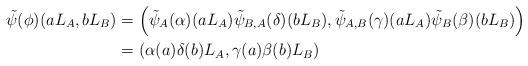
LaTeX: \begin{align*}\tilde{\psi}(\phi)(aL_A,bL_B) &= \left(\tilde{\psi}_A(\alpha)(aL_A)\tilde{\psi}_{B,A}(\delta)(b L_B), \tilde{\psi}_{A,B}(\gamma)(a L_A)\tilde{\psi}_B(\beta)(bL_B)\right)\\& =\left(\alpha(a)\delta(b)L_A, \gamma(a)\beta(b)L_B\right)\end{align*}